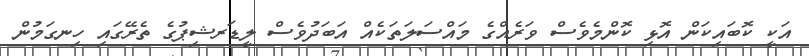
އަކީ ކޮބައިކަން އޮޅި ކޮންމެވެސް ވަރެއްގެ މައްސަލަތަކެއް އަބަދުވެސް ލީޑަރޝިޕުގެ ތެރޭގައި ހިނގަމުން